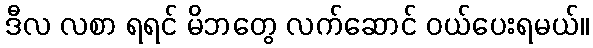
ဒီလ လစာ ရရင် မိဘတွေ လက်ဆောင် ဝယ်ပေးရမယ်။